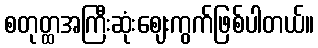
စတုတ္ထအကြီးဆုံးဈေးကွက်ဖြစ်ပါတယ်။